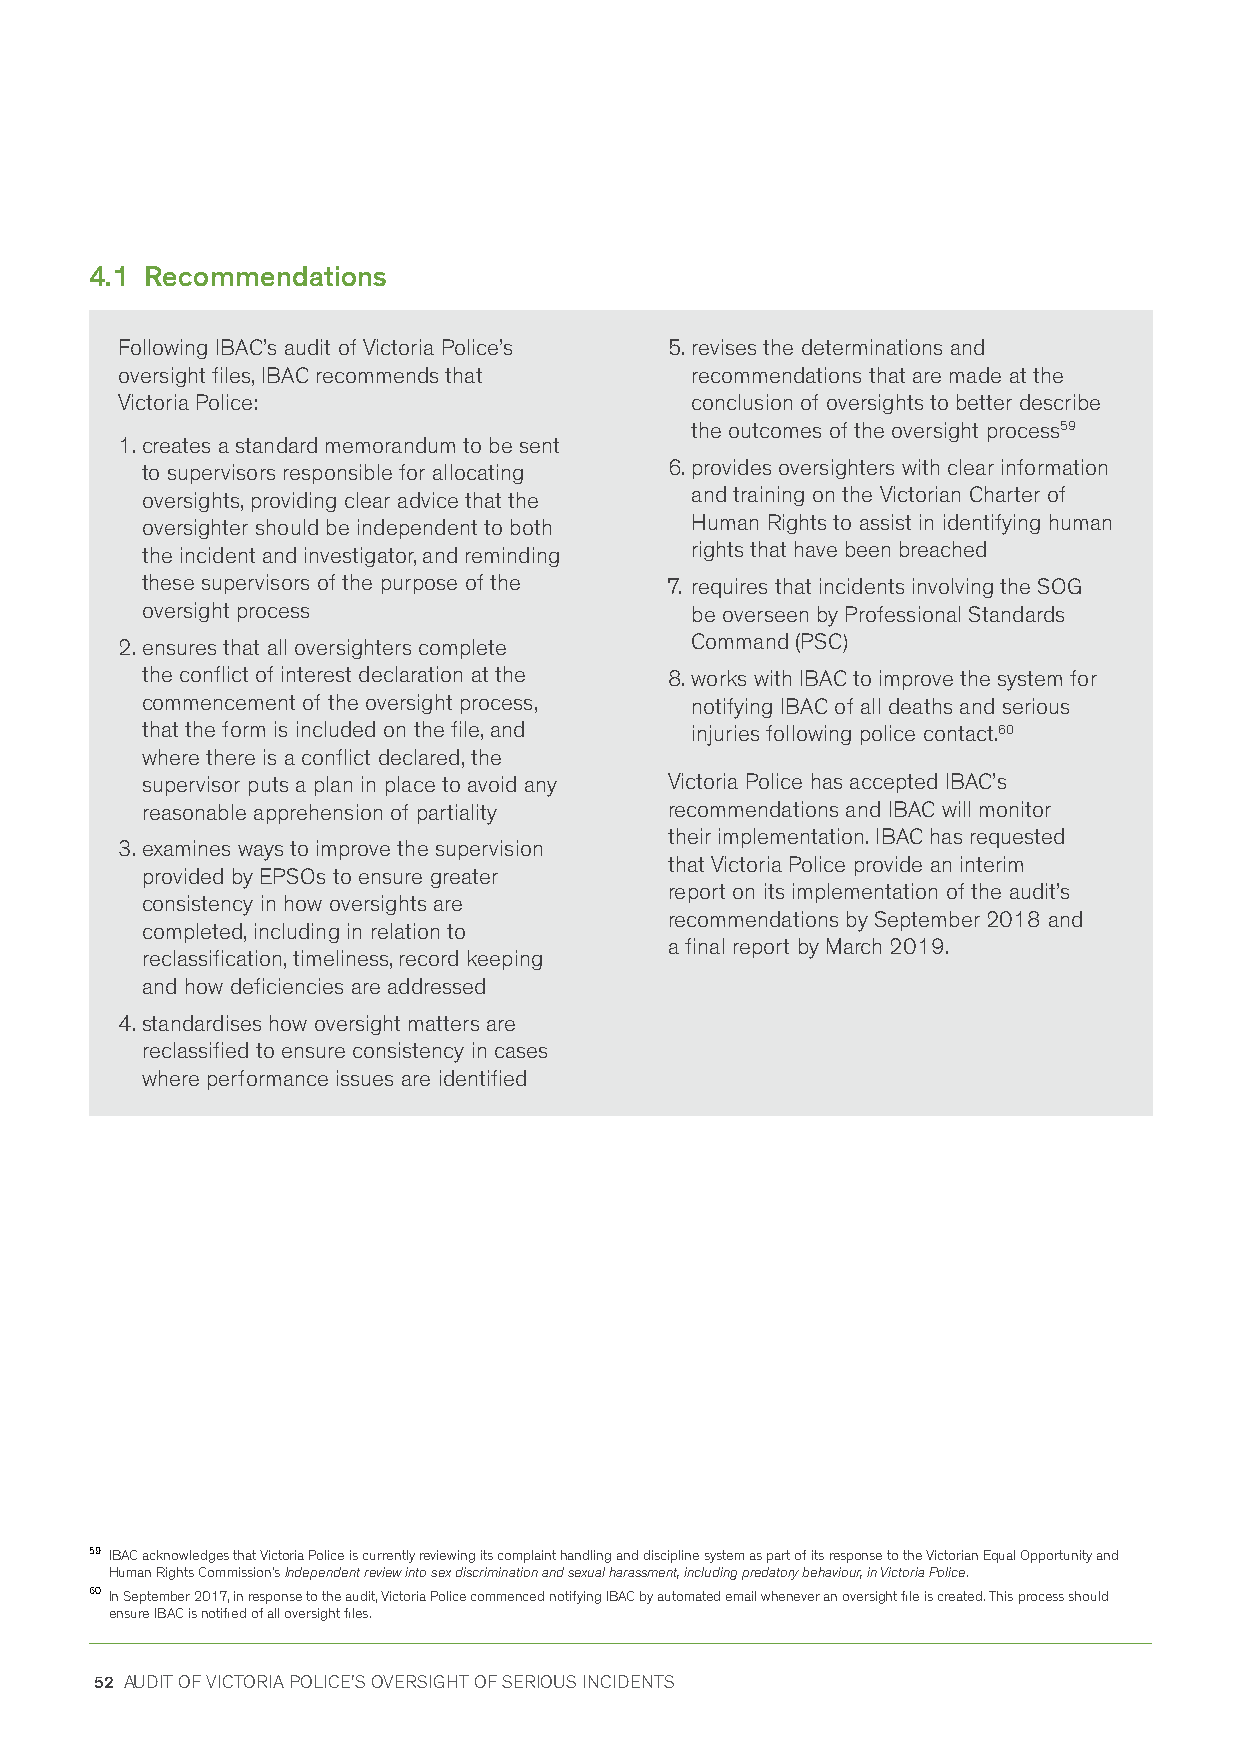
4.1 Recommendations
 Following IBAC’s audit of Victoria Police’s 5. revises the determinations and
 oversight files, IBAC recommends that recommendations that are made at the
 Victoria Police:                      conclusion of oversights to better describe
 the outcomes of the oversight process59
 1. creates a standard memorandum to be sent
 to supervisors responsible for allocating 6. provides oversighters with clear information
 oversights, providing clear advice that the and training on the Victorian Charter of
 oversighter should be independent to both Human Rights to assist in identifying human
 the incident and investigator, and reminding rights that have been breached
 these supervisors of the purpose of the 7. requires that incidents involving the SOG
 oversight process                    be overseen by Professional Standards
 2. ensures that all oversighters complete Command (PSC)
 the conflict of interest declaration at the 8. works with IBAC to improve the system for
 commencement of the oversight process, notifying IBAC of all deaths and serious
 that the form is included on the file, and injuries following police contact.60
 where there is a conflict declared, the
 supervisor puts a plan in place to avoid any Victoria Police has accepted IBAC’s
 reasonable apprehension of partiality recommendations and IBAC will monitor
 their implementation. IBAC has requested
 3. examines ways to improve the supervision
 that Victoria Police provide an interim
 provided by EPSOs to ensure greater
 report on its implementation of the audit’s
 consistency in how oversights are
 recommendations by September 2018 and
 completed, including in relation to
 a final report by March 2019.
 reclassification, timeliness, record keeping
 and how deficiencies are addressed
 4. standardises how oversight matters are
 reclassified to ensure consistency in cases
 where performance issues are identified
 59 IBAC acknowledges that Victoria Police is currently reviewing its complaint handling and discipline system as part of its response to the Victorian Equal Opportunity and
 Human Rights Commission’s Independent review into sex discrimination and sexual harassment, including predatory behaviour, in Victoria Police.
 60 In September 2017, in response to the audit, Victoria Police commenced notifying IBAC by automated email whenever an oversight file is created. This process should
 ensure IBAC is notified of all oversight files.
 52 AUDIT OF VICTORIA POLICE'S OVERSIGHT OF SERIOUS INCIDENTS